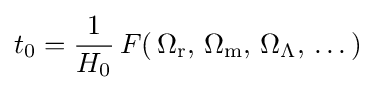
t_{0}={\frac {1}{H_{0}}}\,F(\,\Omega _{\text{r}},\,\Omega _{\text{m}},\,\Omega _{\Lambda },\,\dots \,)~